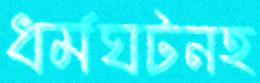
ধর্মঘটনহ